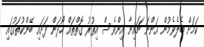
ކަމަށް ބެލެވެމުން އަންނަ ޗައިނާ އިންވެސް އިތުރު ގޮތްތައް ހޯދަން ފަށައި ބޭންކުތަކުގައި